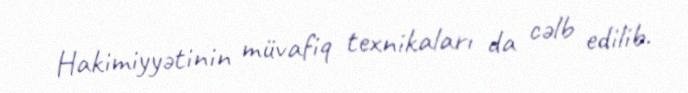
Hakimiyyətinin müvafiq texnikaları da cəlb edilib.